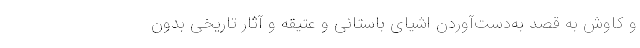
و کاوش به قصد به‌دست‌آوردن اشیای باستانی و عتیقه و آثار تاریخی بدون